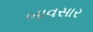
બાવસાર